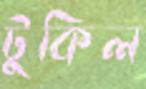
টুকিল